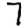
Digit: 7